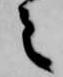
之